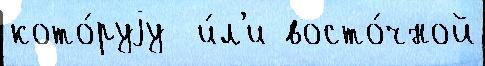
кото́руjу  и́л'и восто́чной